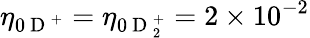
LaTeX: \eta_{0\mathrm{~D~}^{+}}=\eta_{0\mathrm{~D~}_{2}^{+}}=2\times 10^{-2}